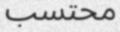
محتسب